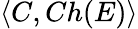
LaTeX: \langle C,Ch(E)\rangle